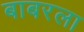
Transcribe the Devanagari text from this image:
बाबरला